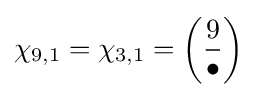
\chi _{9,1}=\chi _{3,1}=\left({\frac {9}{\bullet }}\right)